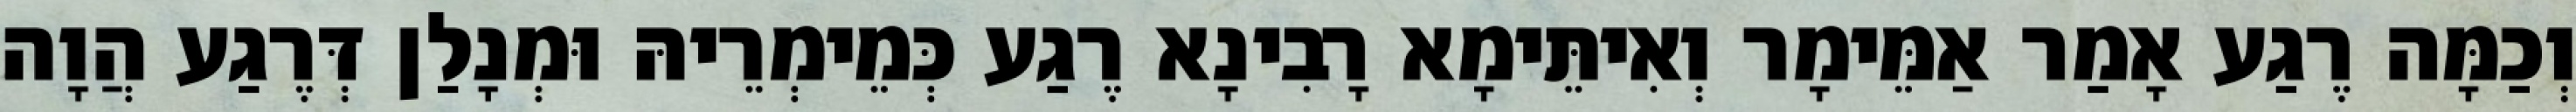
וְכַמָּה רֶגַע אָמַר אַמֵּימָר וְאִיתֵּימָא רָבִינָא רֶגַע כְּמֵימְרֵיהּ וּמְנָלַן דְּרֶגַע הֲוָה